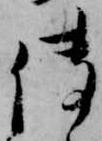
伝